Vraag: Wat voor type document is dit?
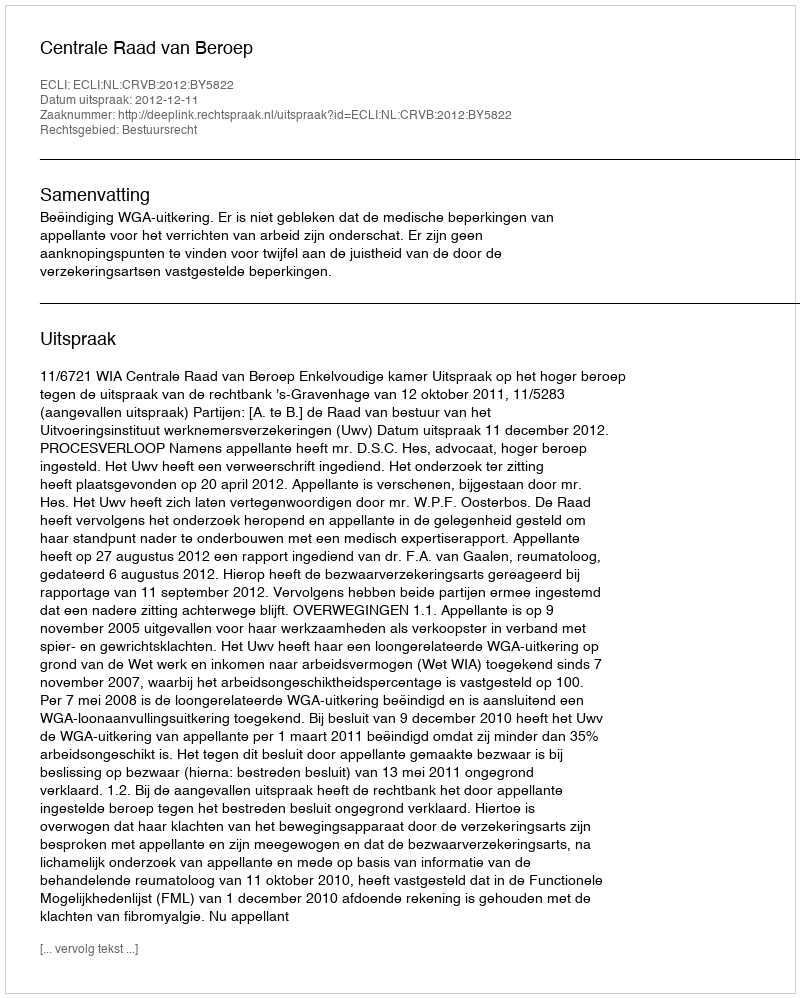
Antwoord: Uitspraak